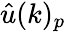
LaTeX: \hat{u}(k)_{p}